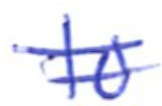
Text: to
Cross-out: mix
Writing tool: ballpoint